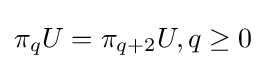
\pi _{q}U=\pi _{q+2}U,q\geq 0